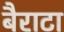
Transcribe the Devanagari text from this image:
बैराटा